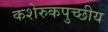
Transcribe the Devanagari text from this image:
कशेरुकपुच्छीय